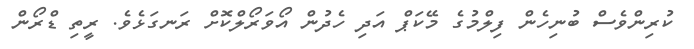
ކުރިންވެސް ބުނިހެން ފިލްމުގެ މޭކަޕް އަދި ހެދުން އޯވަރޯލްކޮށް ރަނގަޅެވެ. ރީތި ޑްރޯން